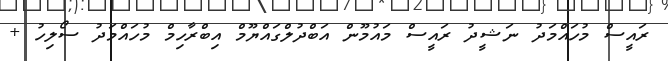
ރައީސް މުހައްމަދު ނަޝީދު ރައީސް މައުމޫން އަބްދުލްގައްޔޫމް އިބްރާހިމް މުހައްމަދު ސޯލިހު +